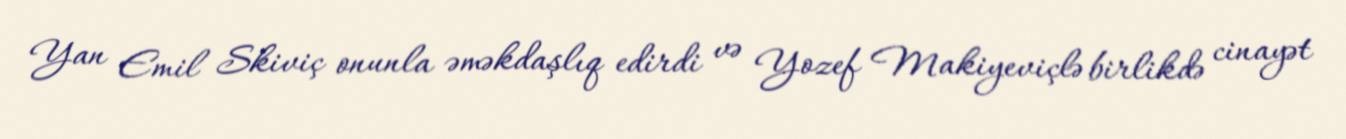
Yan Emil Skiviç onunla əməkdaşlıq edirdi və Yozef Makiyeviçlə birlikdə cinayət